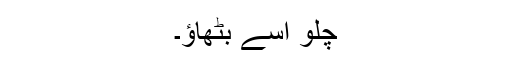
چلو اسے بٹھاؤ۔